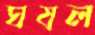
ঘষল